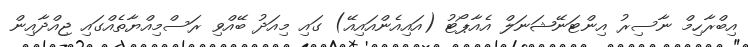
އިބްރާހިމް ނާސިރު އިންޓަނޭޝަނަލް އެއާޕޯޓު (އައިއެންއައިއޭ) ގައި މިއަދު ބޭއްވި ރަސްމިއްޔާތެއްގައި ޖިއްދާއިން